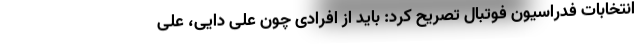
انتخابات فدراسیون فوتبال تصریح کرد: باید از افرادی چون علی دایی، علی